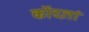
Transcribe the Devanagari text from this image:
कोंदतां